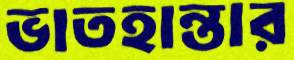
ভাতহান্তার